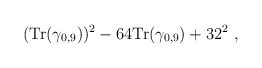
\begin{align*}({\mbox {Tr}} (\gamma_{0,9}))^2 - 64 {\mbox {Tr}} (\gamma_{0,9}) + 32^2~,\end{align*}